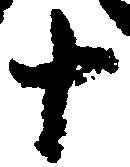
十